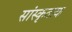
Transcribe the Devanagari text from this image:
सांस्कृताक